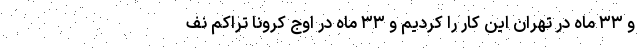
و ۳۳ ماه در تهران این کار را کردیم و ۳۳ ماه در اوج کرونا تراکم نف